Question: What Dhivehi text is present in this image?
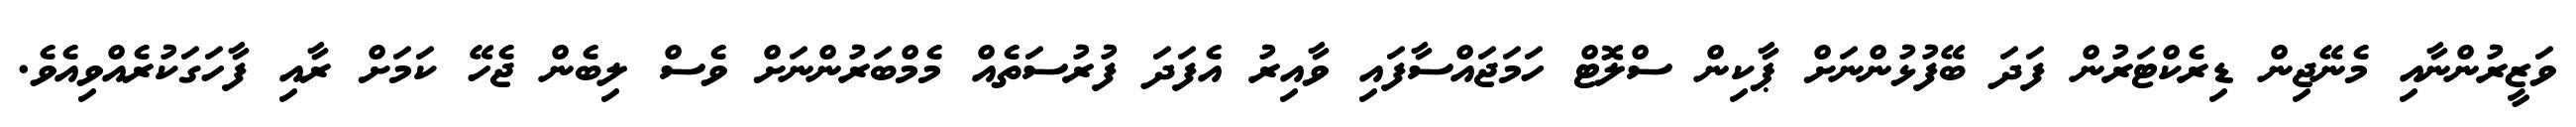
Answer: ވަޒީރުންނާއި މެނޭޖިން ޑިރެކްޓަރުން ފަދަ ބޭފުޅުންނަށް ޕާކިން ސްލޮޓް ހަމަޖައްސާފައި ވާއިރު އެފަދަ ފުރުސަތެއް މެމްބަރުންނަށް ވެސް ލިބެން ޖެހޭ ކަމަށް ރާއި ފާހަގަކުރެއްވިއެވެ.